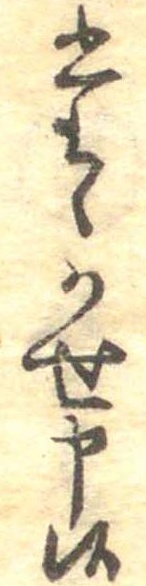
たゝかせ申候